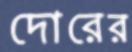
দোরের